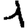
Digit: 1